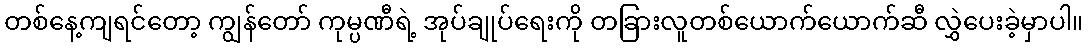
တစ်နေ့ကျရင်တော့ ကျွန်တော် ကုမ္ပဏီရဲ့ အုပ်ချုပ်ရေးကို တခြားလူတစ်ယောက်ယောက်ဆီ လွှဲပေးခဲ့မှာပါ။